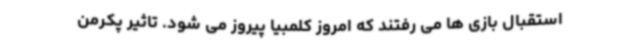
استقبال بازی ها می رفتند که امروز کلمبیا پیروز می شود. تاثیر پکرمن